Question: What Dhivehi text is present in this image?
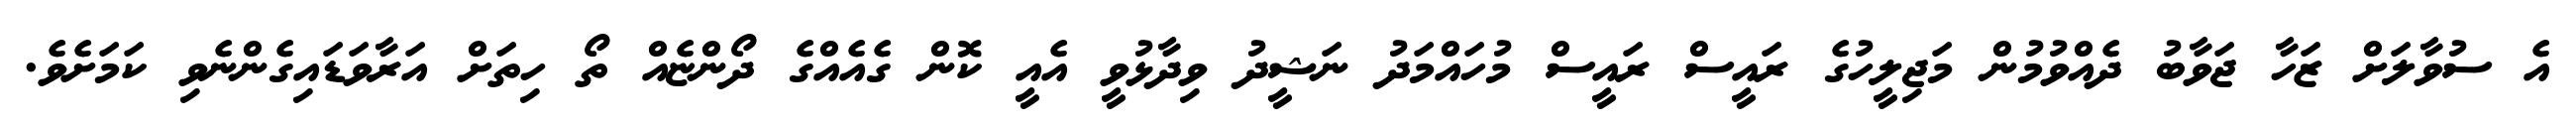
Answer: އެ ސުވާލަށް ޒަހާ ޖަވާބު ދެއްވުމުން މަޖިލީހުގެ ރައީސް ރައީސް މުހައްމަދު ނަޝީދު ވިދާޅުވީ އެއީ ކޮން ގެއެއްގެ ދޯންޏެއް ތޯ ހިތަށް އަރާވަޑައިގެންނެވި ކަމަށެވެ.